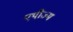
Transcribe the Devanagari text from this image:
एथीज्म